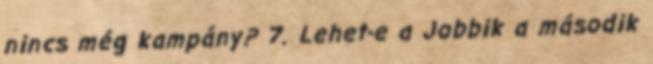
nincs még kampány? 7. Lehet-e a Jobbik a második